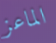
الماعز